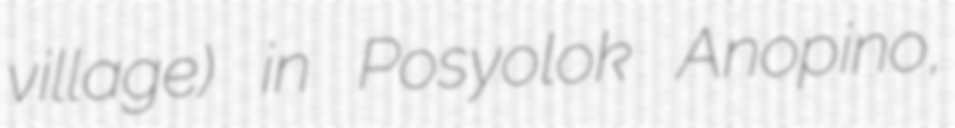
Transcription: village) in Posyolok Anopino,